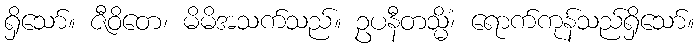
ရှိသော်။ ဇီဝိတေ၊ မိမိအသက်သည်။ ဥပနီတသ္မိံ၊ ရောက်ကုန်သည်ရှိသော်။